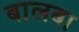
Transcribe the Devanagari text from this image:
बालबा